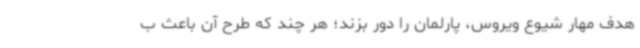
هدف مهار شیوع ویروس، پارلمان را دور بزند؛ هر چند که طرح آن باعث ب